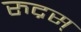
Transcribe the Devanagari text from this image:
रुद्रस्